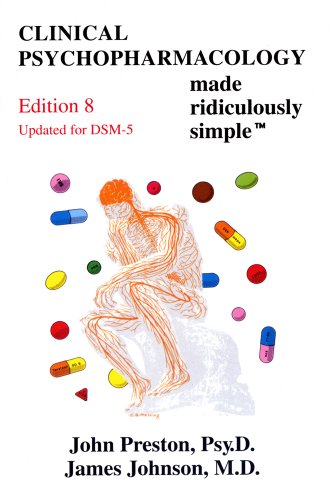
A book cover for Clinical Psychopharmacology Made Ridiculously Simple (Medmaster); John Preston; Medical Books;